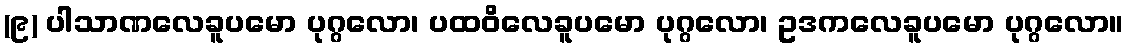
(၉) ပါသာဏလေခူပမော ပုဂ္ဂလော၊ ပထဝိလေခူပမော ပုဂ္ဂလော၊ ဥဒကလေခူပမော ပုဂ္ဂလော။